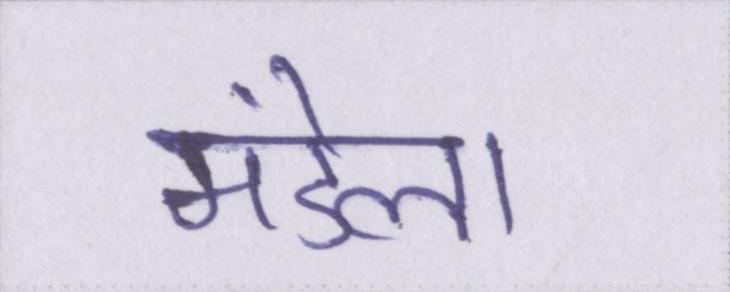
मंडेला